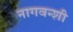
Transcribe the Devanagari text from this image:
नागवन्शी